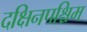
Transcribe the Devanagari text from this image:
दक्षिनपश्चिम